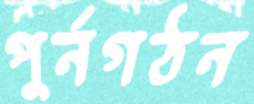
পুর্নগঠন